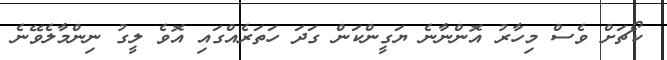
ކޯޗަށް ވެސް މިހާރު އޮންނާނެ ޔަގީންކަން ގަދަ ހަތަރެއްގައި އޮވެ ލީގު ނިންމާލެވޭނެ